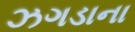
ઝગડાના